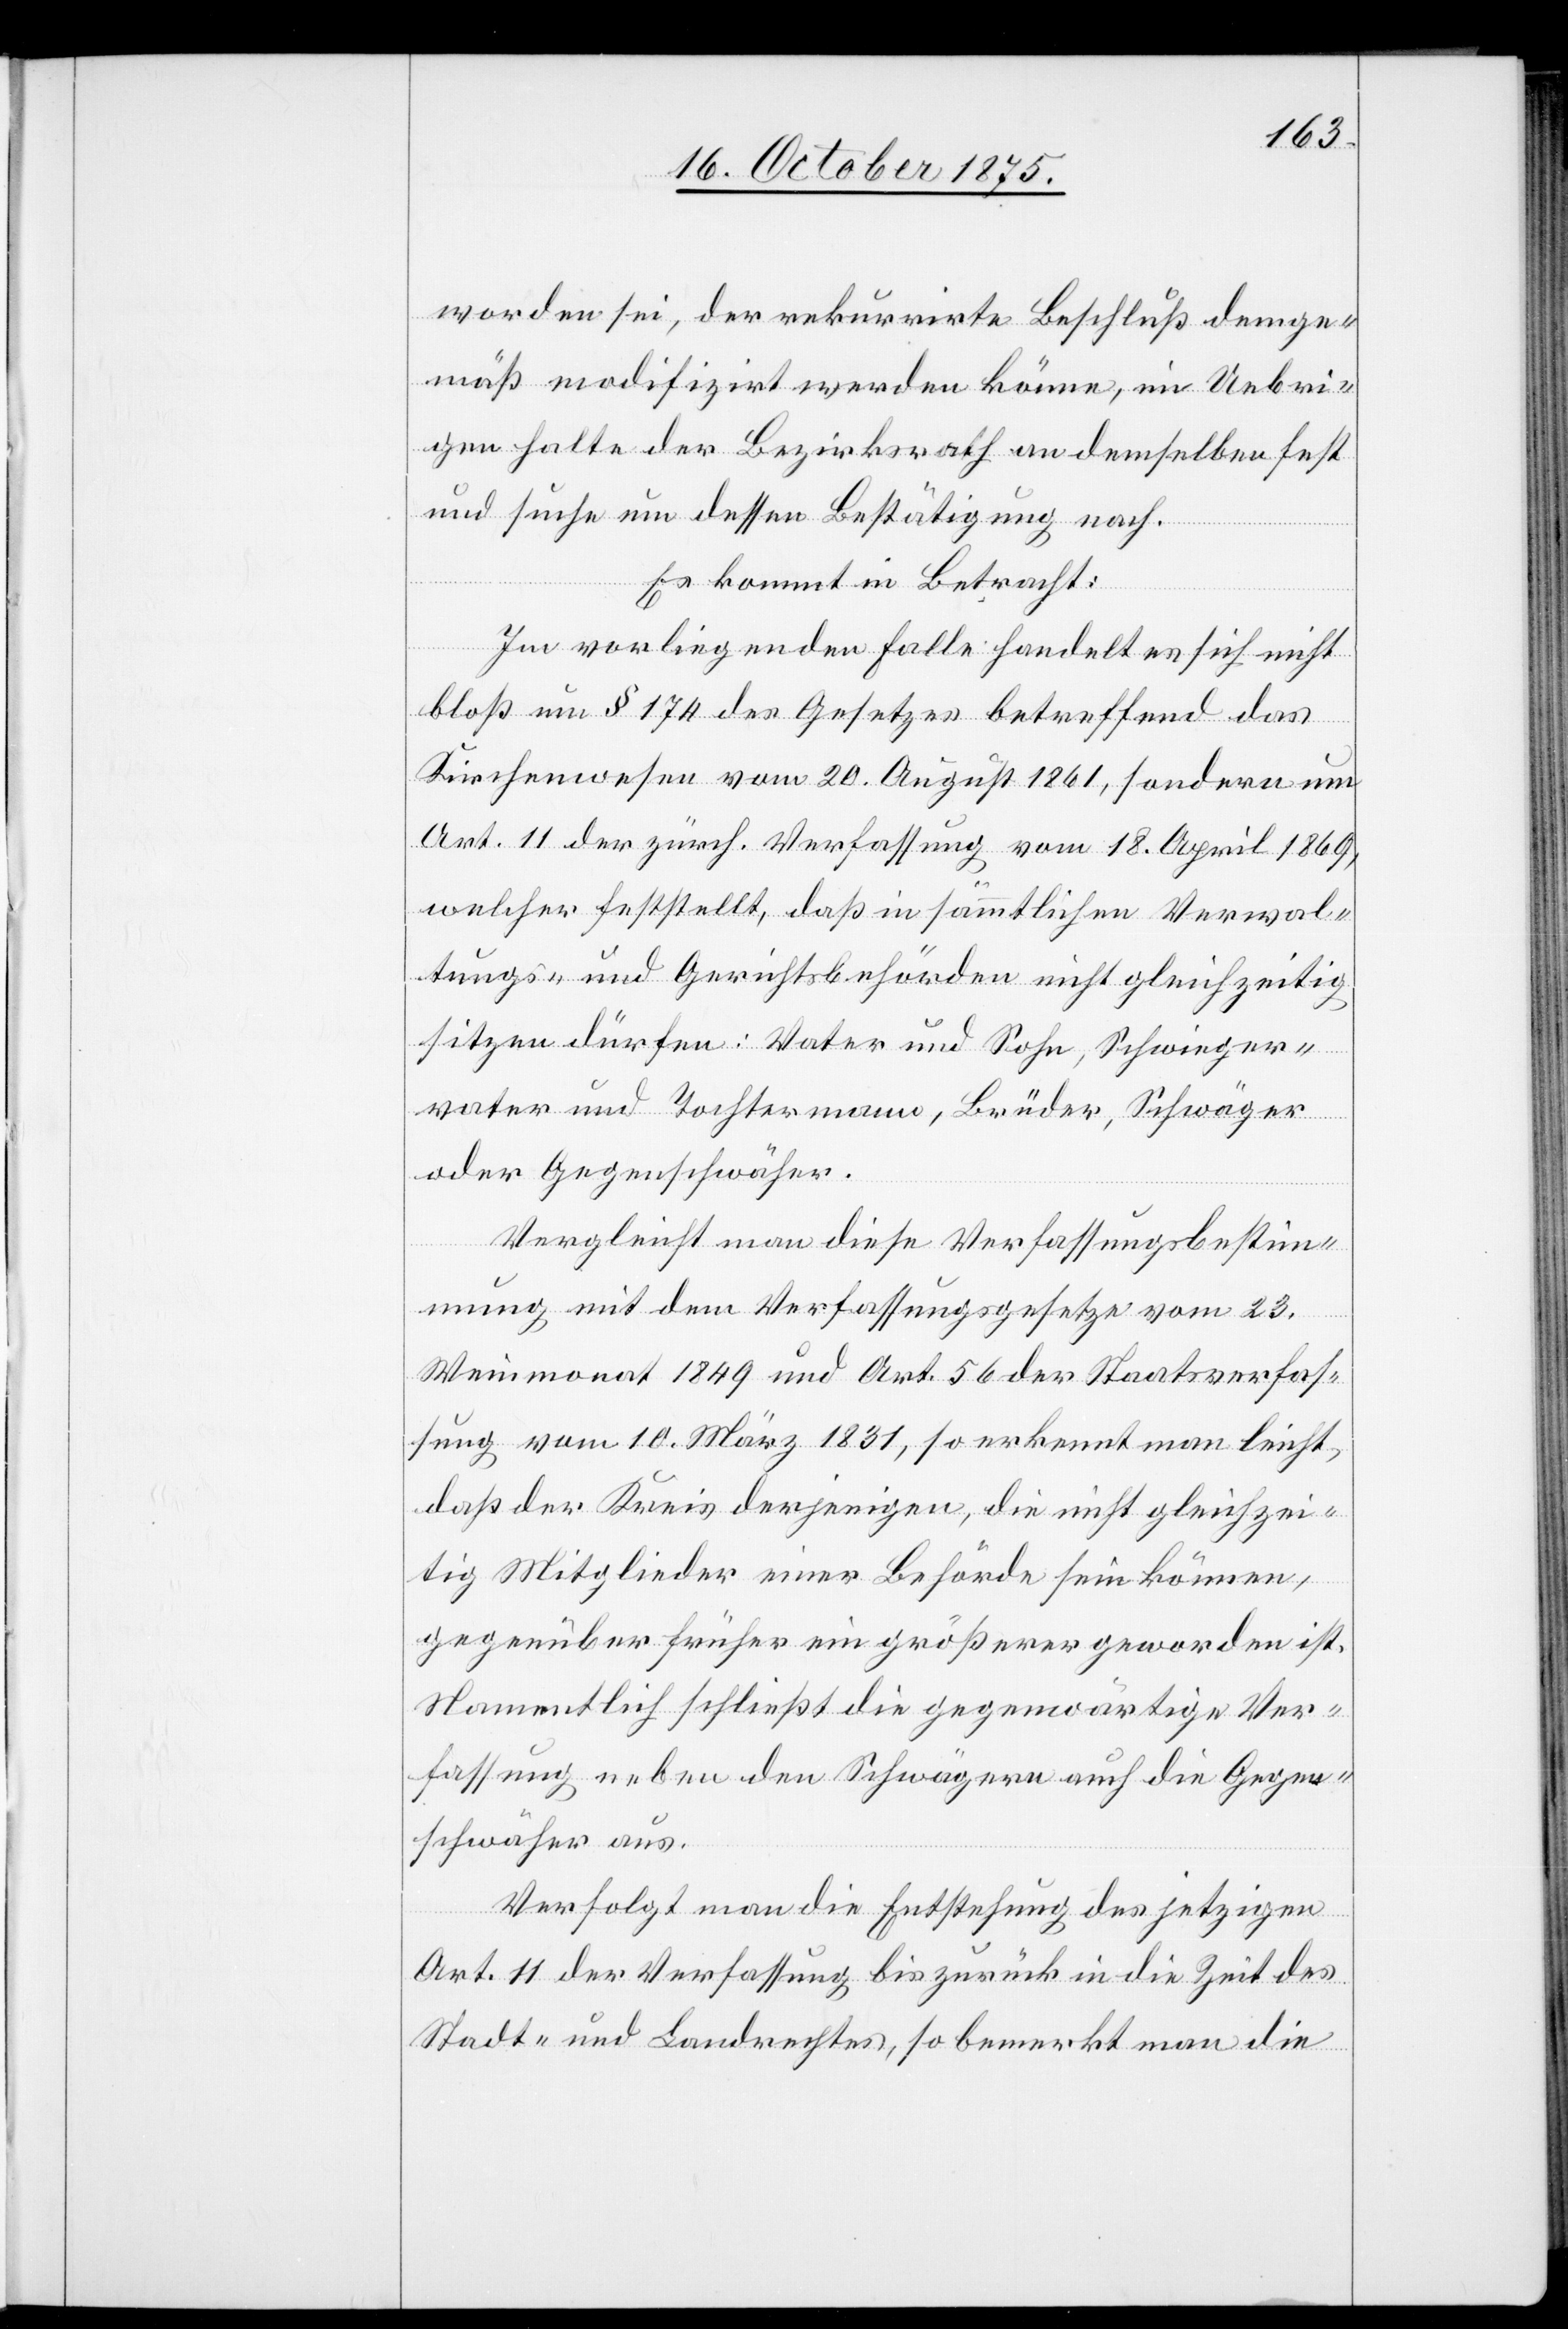
worden sei, der rekurrirte Beschluß demge¬
mäß modifizirt werden könne, im Uebri¬
gen halte der Bezirksrath an demselben fest
und suche um dessen Bestätigung nach.
Es kommt in Betracht:
Im vorliegenden Falle handelt es sich nicht
bloß um § 174 des Gesetzes betreffend das
Kirchenwesen vom 20. August 1861, sondern um
Art. 11 der zürch. Verfassung vom 18. April 1869,
welcher feststellt, daß in sämmtlichen Verwal¬
tungs- und Gerichtsbehörden nicht gleichzeitig
sitzen dürfen: Vater und Sohn, Schwieger¬
vater und Tochtermann, Brüder, Schwäger
oder Gegenschwäher.
Vergleicht man diese Verfassungsbestim¬
mung mit dem Verfassungsgesetze vom 23.
Weinmonat 1849 und Art. 56 der Staatsverfas¬
sung vom 10. März 1831, so erkennt man leicht,
daß der Kreis derjenigen, die nicht gleichzei¬
tig Mitglieder einer Behörde sein können,
gegenüber früher ein größerer geworden ist.
Namentlich schließt die gegenwärtige Ver¬
fassung neben den Schwägern auch die Gegen¬
schwäher aus.
Verfolgt man die Entstehung des jetzigen
Art. 11 der Verfassung bis zurück in die Zeit des
Stadt- und Landrechtes, so bemerkt man die